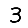
Digit: 3